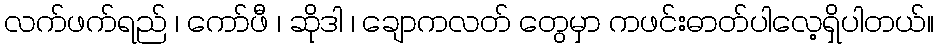
လက်ဖက်ရည် ၊ ကော်ဖီ ၊ ဆိုဒါ ၊ ချောကလတ် တွေမှာ ကဖင်းဓာတ်ပါလေ့ရှိပါတယ်။